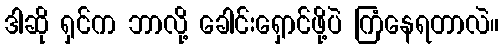
ဒါဆို ရှင်က ဘာလို့ ခေါင်းရှောင်ဖို့ပဲ ကြံနေရတာလဲ။